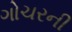
ગોચરની